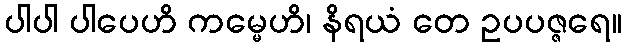
ပါပါ ပါပေဟိ ကမ္မေဟိ၊ နိရယံ တေ ဥပပဇ္ဇရေ။